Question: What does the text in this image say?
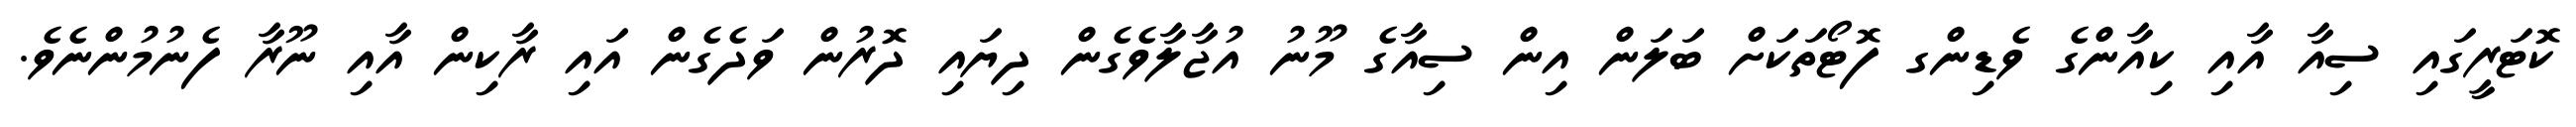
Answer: ކޮޓަރީގައި ސިއާ އާއި ކިއާންގެ ވެޑިންގ ފޮޓޯތަކަށް ބަލަން އިން ސިއާގެ މޫނު އުޖާލާވެގެން ދިޔައި ދޮރުން ވަދެގެން އައި ރާކިން އާއި ނޫރާ ފެނުމުންނެވެ.